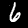
Digit: 6